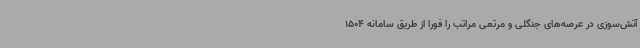
آتش‌سوزی در عرصه‌های جنگلی و مرتعی مراتب را فورا از طریق سامانه 1504